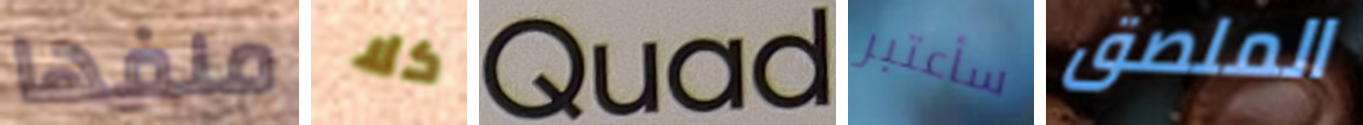
ملفها كلا Quad سأعتبر الملصق